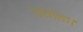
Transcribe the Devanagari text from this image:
उठाता।